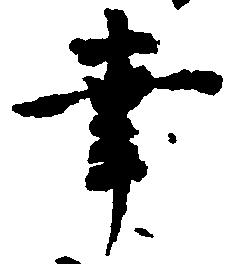
幸